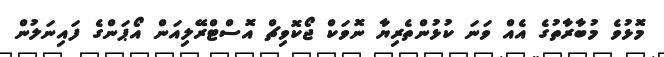
މޮޅުވެ މުބާރާތުގެ އެއް ވަނަ ކުޅުންތެރިޔާ ނޮވަކް ޖޯކޮވިޗް އޮސްޓްރޭލިއަން އޯޕަންގެ ފައިނަލުން